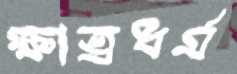
ক্ষাত্রধর্ম